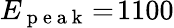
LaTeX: E_{\mathrm{~p~e~a~k~}}\! =\! 1100